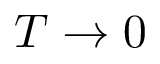
T \rightarrow 0